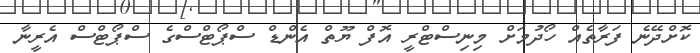
ކޮށްދޭނެ ފަރާތެއް ހޯދުމަށް މިނިސްޓްރީ އޮފް ޔޫތް އެންޑް ސްޕޯޓްސްގެ ސްޕޯޓްސް އެރީނާ